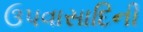
ઉપવાસાદિની